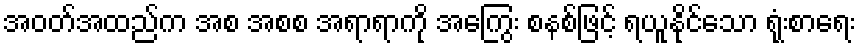
အဝတ်အထည်က အစ အစစ အရာရာကို အကြွေး စနစ်ဖြင့် ရယူနိုင်သော ရုံးစာရေး